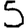
Digit: 5